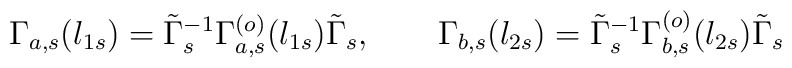
\Gamma_{a,s}(l_{1s})=\tilde\Gamma_s^{-1}\Gamma_{ a ,s}^{(o)}(l_{1s})\tilde\Gamma_s, \qquad \Gamma_{b,s}(l_{2s})=\tilde\Gamma_s^{-1}\Gamma_{b ,s}^{(o)}(l_{2s})\tilde\Gamma_s